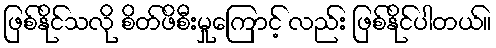
ဖြစ်နိုင်သလို စိတ်ဖိစီးမှုကြောင့် လည်း ဖြစ်နိုင်ပါတယ်။